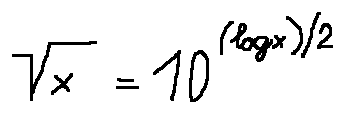
\sqrt { x } = 1 0 ^ { ( \log x ) / 2 }